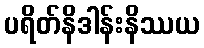
ပရိတ်နိဒါန်းနိဿယ